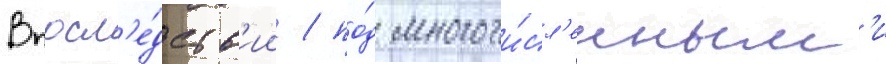
Впосл'е́дств'ии / по́д многочи́сл'енным'и